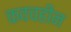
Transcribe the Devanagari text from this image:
कवचहीन